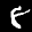
Label: 8